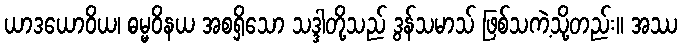
ယာဒယောဝိယ၊ ဓမ္မဝိနယ အစရှိသော သဒ္ဒါတို့သည် ဒွန်သမာသ် ဖြစ်သကဲ့သို့တည်း။ အဿ